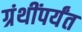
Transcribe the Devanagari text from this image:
ग्रंथींपर्यंत